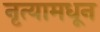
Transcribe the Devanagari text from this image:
नृत्यामधून